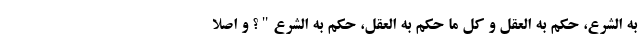
به الشرع، حکم به العقل و کل ما حکم به العقل، حکم به الشرع"؟ و اصلاً